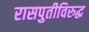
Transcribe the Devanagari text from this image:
रासपुतीविरुद्ध